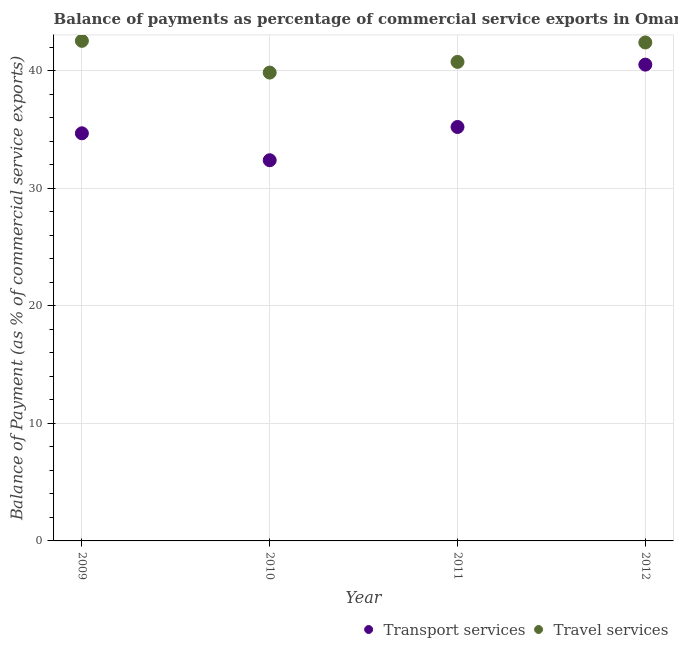
| Year | Transport services | Travel services |
 | --- | --- | --- |
 | 2009 | 34.7 | 42.5 |
 | 2010 | 32.4 | 39.8 |
 | 2011 | 35.2 | 40.7 |
 | 2012 | 40.5 | 42.4 |